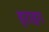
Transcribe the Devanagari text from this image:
ड्राइग